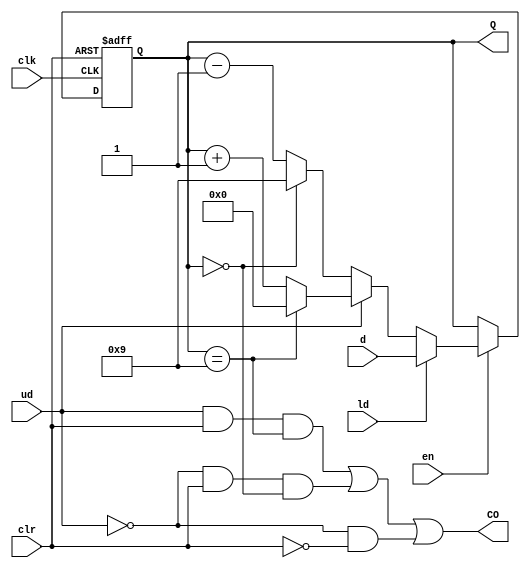
module ly_2257_3_1(ud,clk,clr,ld,d,Q,CO,en);
	input ud,clk,clr,ld,en;//ud/clkclrld,en
	input [3:0] d;//
	output reg [3:0] Q;//
	output CO;///
	
	always@ (posedge clk,negedge clr)
		if(~clr)//clr
			Q <= 4'd0;
		else if(en == 1)	
			if(ld)//lddQ
				Q <= d;
			else if(ud)//ud
				begin
					if(Q == 4'd9)
						Q <= 4'd0;
					else
						Q <= Q+4'd1;
				end
			else//ud
				begin
					if(Q == 4'd0)
						Q <= 4'd9;
					else
						Q <= Q-4'd1;
				end
		assign CO = (ud & clr & Q == 4'd9)|(~ud & clr & Q == 4'd0)|(~ud & ~clr);
		//Q9CO1
		//Q0CO1
		//CO1
endmodule